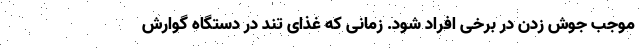
موجب جوش زدن در برخی افراد شود. زمانی که غذای تند در دستگاه گوارش